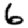
Digit: 6